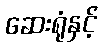
ဆေးရုံနှင့်